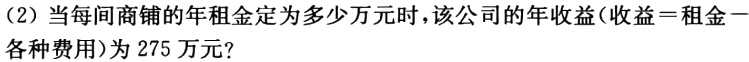
（2）当每间商铺的年租金定为多少万元时，该公司的年收益（收益 = 租金－各种费用）为 275 万元？